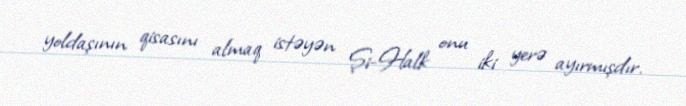
yoldaşının qisasını almaq istəyən Şi-Halk onu iki yerə ayırmışdır.